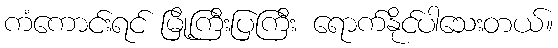
ကံကောင်းရင် မြို့ကြီးပြကြီး ရောက်နိုင်ပါသေးတယ်။